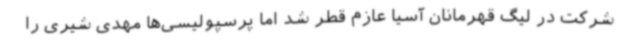
شرکت در لیگ قهرمانان آسیا عازم قطر شد اما پرسپولیسی‌ها مهدی شیری را